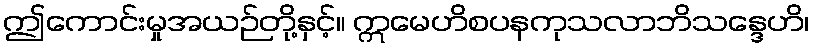
ဤကောင်းမှုအယဉ်တို့နှင့်။ ဣမေဟိစပနကုသလာဘိသန္ဒေဟိ၊